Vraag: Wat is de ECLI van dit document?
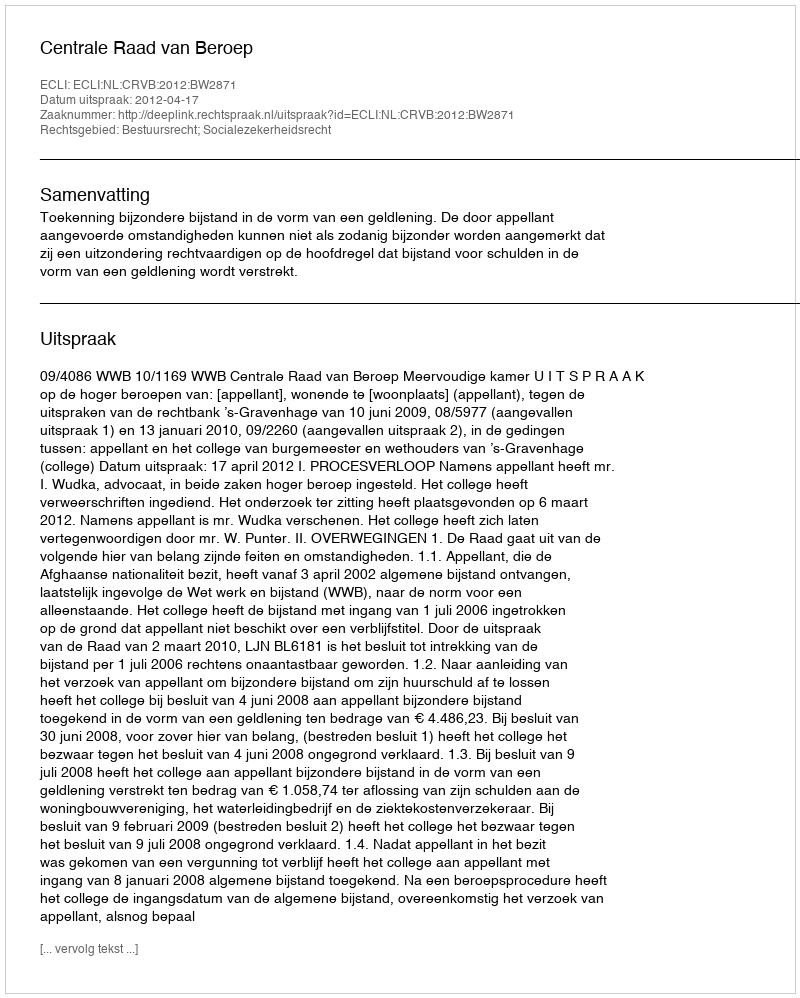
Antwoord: ECLI:NL:CRVB:2012:BW2871